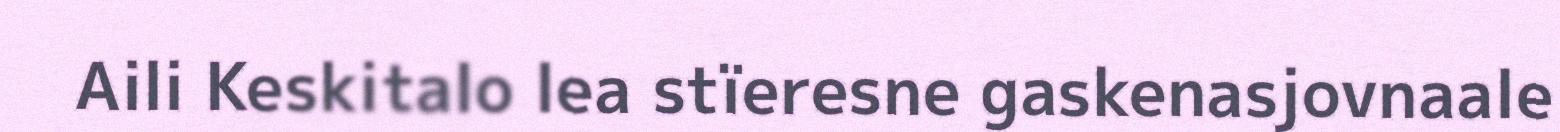
Aili Keskitalo lea stïeresne gaskenasjovnaale